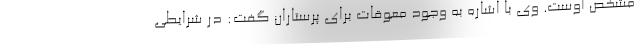
مشخص اوست. وی با اشاره به وجود معوقات برای پرستاران گفت: در شرایطی